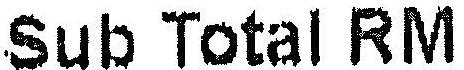
SUB TOTAL RM